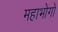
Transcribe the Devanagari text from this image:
महाभोगो